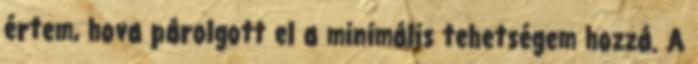
értem, hova párolgott el a minimális tehetségem hozzá. A